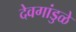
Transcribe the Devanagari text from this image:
देवगांडुळे